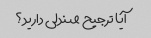
آیا ترجیح صندلی دارید؟